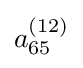
a_{65}^{(12)}